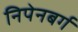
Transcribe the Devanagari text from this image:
निपेनबर्ग